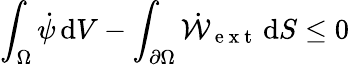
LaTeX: \int_{\Omega}\dot{\psi}\, \mathrm{d}V-\int_{\partial\Omega}\dot{\mathcal{W}}_{\mathrm{~e~x~t~}}\, \mathrm{d}S\leq 0